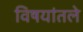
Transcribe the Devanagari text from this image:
विषयांतले